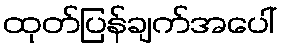
ထုတ်ပြန်ချက်အပေါ်